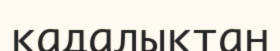
қадалықтан